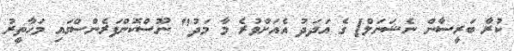
ކުރާ ބަރީސާން ނެޝަނަލް] ގެ އަދަދު އެއަށްވުރެ މާ މަދު" ނޫސްކޮންފަރެންސްގައި މަހާތީރު